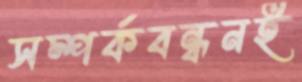
সম্পর্কবন্ধনই